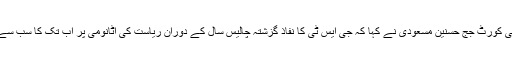
چناچہ سابق ہائی کورٹ جج حسنین مسعودی نے کہا کہ جی ایس ٹی کا نفاذ گزشتہ چالیس سال کے دوران ریاست کی اٹانومی پر اب تک کا سب سے بڑا حملہ ہوگا۔